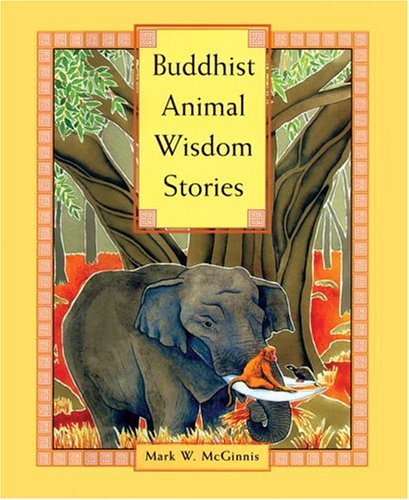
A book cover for Buddhist Animal Wisdom Stories; Mark W. McGinnis; Literature & Fiction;